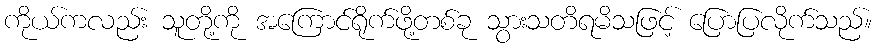
ကိုယ်ကလည်း သူတို့ကို အကြောင်ရိုက်ဖို့တစ်ခု သွားသတိရမိသဖြင့် ပြောပြလိုက်သည်။